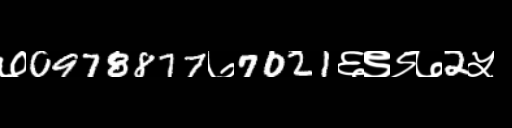
Text: ७0978877७7021६९९७2५